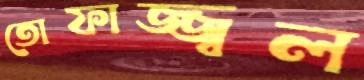
তোফাজ্জ্বল